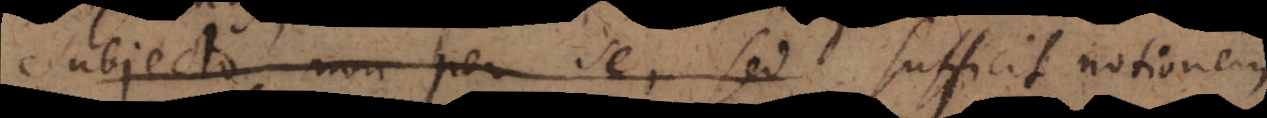
subjecto non per se, sed sufficit praedic